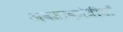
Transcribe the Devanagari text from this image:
अवसादरोधीयाँ